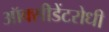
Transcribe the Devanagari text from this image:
ऑक्सीडेंटरोधी